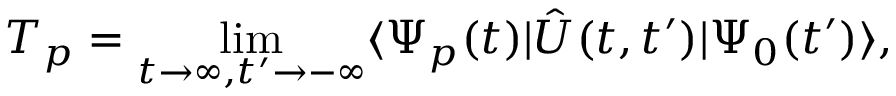
T _ { \boldsymbol { p } } = \operatorname* { l i m } _ { t \to \infty , t ^ { \prime } \to - \infty } \langle \Psi _ { \boldsymbol { p } } ( t ) | \hat { U } ( t , t ^ { \prime } ) | \Psi _ { 0 } ( t ^ { \prime } ) \rangle ,